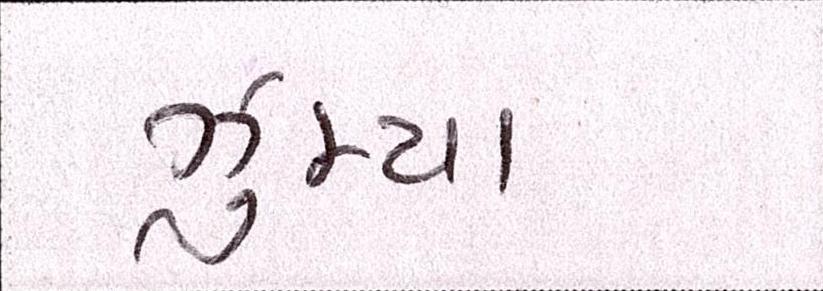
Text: ઝુમ્યા